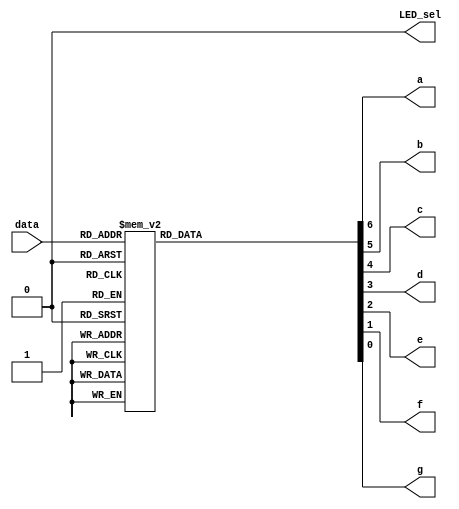
module led(data,LED_sel,a,b,c,d,e,f,g); //led
	input [3:0]data; //data,4
	output a,b,c,d,e,f,g,LED_sel; // a-gLED_sel
	reg a,b,c,d,e,f,g; //a-greg
	assign LED_sel=0; //LED_sel0
	always @ (data) //dataalways
		begin
			case(data) //case
				4'b0000:{a,b,c,d,e,f,g}=7'b1111110;
				4'b0001:{a,b,c,d,e,f,g}=7'b0110000;
				4'b0010:{a,b,c,d,e,f,g}=7'b1101101;
				4'b0011:{a,b,c,d,e,f,g}=7'b1111001;
				4'b0100:{a,b,c,d,e,f,g}=7'b0110011;
				4'b0101:{a,b,c,d,e,f,g}=7'b1011011;
				4'b0110:{a,b,c,d,e,f,g}=7'b1011111;
				4'b0111:{a,b,c,d,e,f,g}=7'b1110000;
				4'b1000:{a,b,c,d,e,f,g}=7'b1111111;
				4'b1001:{a,b,c,d,e,f,g}=7'b1111011;
				default:{a,b,c,d,e,f,g}=7'b0000001;//-
			endcase
		end
endmodule